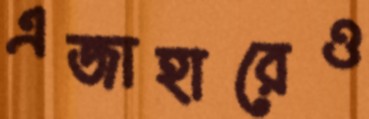
এজাহারেও